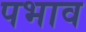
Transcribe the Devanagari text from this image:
पभाव